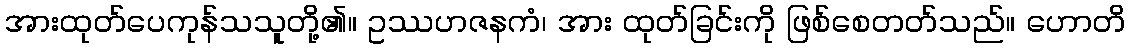
အားထုတ်ပေကုန်သသူတို့၏။ ဥဿဟဇနကံ၊ အား ထုတ်ခြင်းကို ဖြစ်စေတတ်သည်။ ဟောတိ